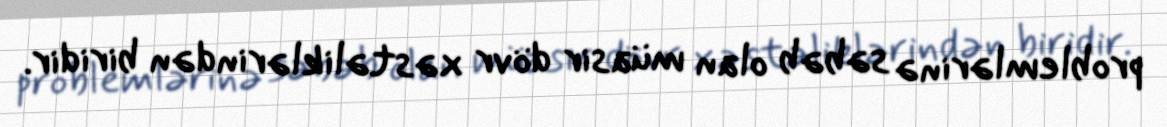
problemlərinə səbəb olan müasir dövr xəstəliklərindən biridir.